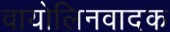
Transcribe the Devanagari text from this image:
वायोलिनवादक